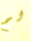
لم